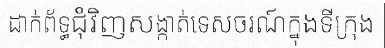
ដាក់ព័ទ្ធជុំវិញសង្កាត់ទេសចរណ៍ក្នុងទីក្រុង